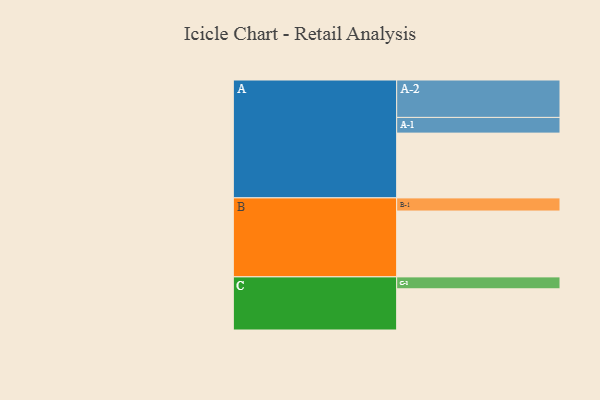
{"axis": {"x": "Segment", "y": "Value"}, "legend": ["", "A", "B", "C"], "data": [{"x": "A", "y": 483, "type": ""}, {"x": "B", "y": 491, "type": ""}, {"x": "C", "y": 307, "type": ""}, {"x": "A-1", "y": 117, "type": "A"}, {"x": "A-2", "y": 279, "type": "A"}, {"x": "B-1", "y": 98, "type": "B"}, {"x": "C-1", "y": 89, "type": "C"}]}